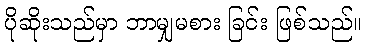
ပိုဆိုးသည်မှာ ဘာမျှမစား ခြင်း ဖြစ်သည်။